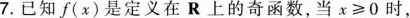
7.已知f(x)是定义在R上的奇函数，当$$x ≥ 0$$时，